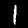
Digit: 1